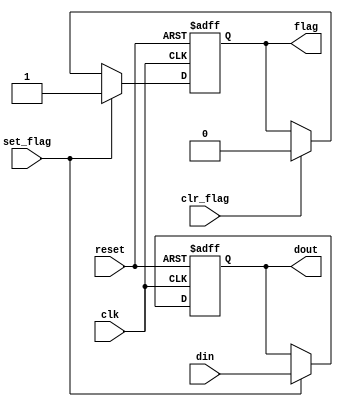
module flag_buf
   #(parameter W = 8) // # buffer bits
   (
    input wire clk, reset,
    input wire clr_flag, set_flag,
    input wire [W-1:0] din,
    output wire flag,
    output wire [W-1:0] dout
   );

   // signal declaration
   reg [W-1:0] buf_reg, buf_next;
   reg flag_reg, flag_next;


   // body
   // FF & register
   always @(posedge clk, posedge reset)
      if (reset)
         begin
            buf_reg <= 0;
            flag_reg <= 1'b0;
         end
      else
         begin
            buf_reg <= buf_next;
            flag_reg <= flag_next;
         end

   // next-state logic
   always @*
   begin
      buf_next = buf_reg;
      flag_next = flag_reg;
      if (set_flag)
         begin
            buf_next = din;
            flag_next = 1'b1;
         end
      else if (clr_flag)
         flag_next = 1'b0;
   end
   // output logic
   assign dout = buf_reg;
   assign flag = flag_reg;

endmodule